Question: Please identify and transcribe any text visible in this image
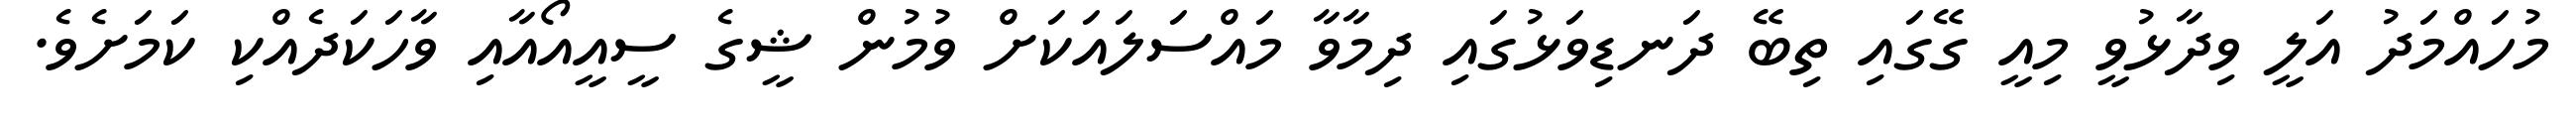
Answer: މުހައްމަދު އަލީ ވިދާޅުވީ މިއީ ގޭގައި ތިބޭ ދަނޑިވަޅުގައި ދިމާވާ މައްސަލައަކަށް ވުމުން ޝީގެ ސީއީއޯއާއި ވާހަކަދެއްކި ކަމަށެވެ.